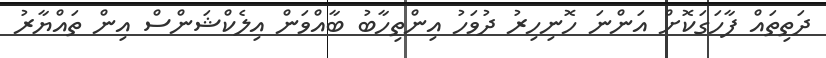
ދަތިތައް ފާހަގަކޮށް އަންނަ ހޮނިހިރު ދުވަހު އިންތިހާބު ބާއްވަން އިލެކްޝަންސް އިން ތައްޔާރު